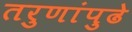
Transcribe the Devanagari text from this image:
तरुणांपुढे